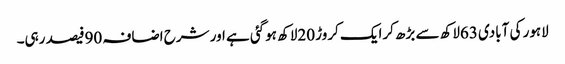
لاہور کی آبادی 63لاکھ سے بڑھ کرایک کروڑ 20لاکھ ہوگئی ہے اور شرح اضافہ 90فیصد رہی۔